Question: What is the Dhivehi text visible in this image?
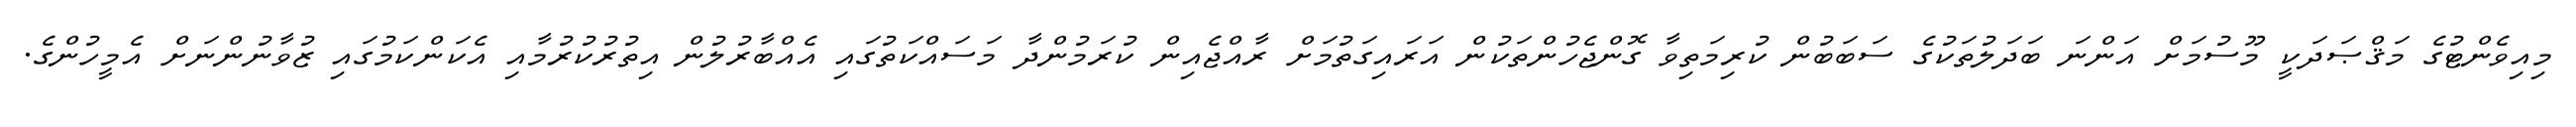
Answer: މިއިވެންޓުގެ މަޤްޞަދަކީ މޫސުމަށް އަންނަ ބަދަލުތަކުގެ ސަބަބުން ކުރިމަތިވާ ގޮންޖެހުންތަކުން އަރައިގަތުމަށް ރާއްޖެއިން ކުރަމުންދާ މަސައްކަތުގައި އެއްބާރުލުން އިތުރުކުރުމާއި އެކަންކަމުގައި ޒުވާނުންނަށް އެމީހުންގެ.